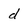
Character: d